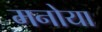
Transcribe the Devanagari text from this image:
मनोया